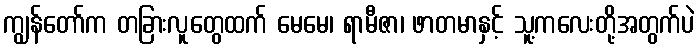
ကျွန်တော်က တခြားလူတွေထက် မေမေ၊ ရာမီဇာ၊ ဖာတမာနှင့် သူ့ကလေးတို့အတွက်ပဲ